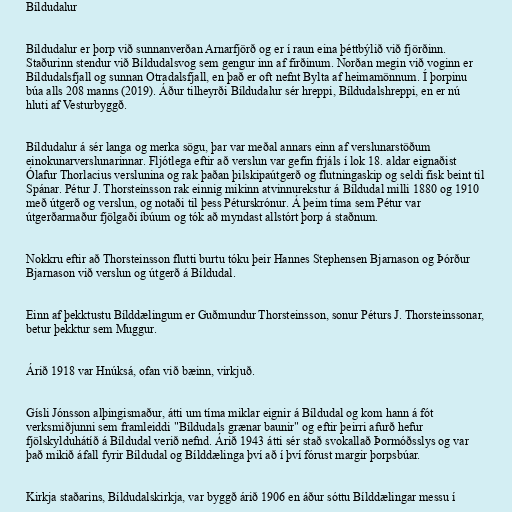
Bíldudalur

Bíldudalur er þorp við sunnanverðan Arnarfjörð og er í raun eina þéttbýlið við fjörðinn.
Staðurinn stendur við Bíldudalsvog sem gengur inn af firðinum. Norðan megin við voginn er
Bíldudalsfjall og sunnan Otradalsfjall, en það er oft nefnt Bylta af heimamönnum. Í þorpinu
búa alls 208 manns (2019). Áður tilheyrði Bíldudalur sér hreppi, Bíldudalshreppi, en er nú
hluti af Vesturbyggð.

Bíldudalur á sér langa og merka sögu, þar var meðal annars einn af verslunarstöðum
einokunarverslunarinnar. Fljótlega eftir að verslun var gefin frjáls í lok 18. aldar eignaðist
Ólafur Thorlacius verslunina og rak þaðan þilskipaútgerð og flutningaskip og seldi fisk beint til
Spánar. Pétur J. Thorsteinsson rak einnig mikinn atvinnurekstur á Bíldudal milli 1880 og 1910
með útgerð og verslun, og notaði til þess Péturskrónur. Á þeim tíma sem Pétur var
útgerðarmaður fjölgaði íbúum og tók að myndast allstórt þorp á staðnum.

Nokkru eftir að Thorsteinsson flutti burtu tóku þeir Hannes Stephensen Bjarnason og Þórður
Bjarnason við verslun og útgerð á Bíldudal.

Einn af þekktustu Bílddælingum er Guðmundur Thorsteinsson, sonur Péturs J. Thorsteinssonar,
betur þekktur sem Muggur.

Árið 1918 var Hnúksá, ofan við bæinn, virkjuð.

Gísli Jónsson alþingismaður, átti um tíma miklar eignir á Bíldudal og kom hann á fót
verksmiðjunni sem framleiddi "Bíldudals grænar baunir" og eftir þeirri afurð hefur
fjölskylduhátíð á Bíldudal verið nefnd. Árið 1943 átti sér stað svokallað Þormóðsslys og var
það mikið áfall fyrir Bíldudal og Bílddælinga því að í því fórust margir þorpsbúar.

Kirkja staðarins, Bíldudalskirkja, var byggð árið 1906 en áður sóttu Bílddælingar messu í